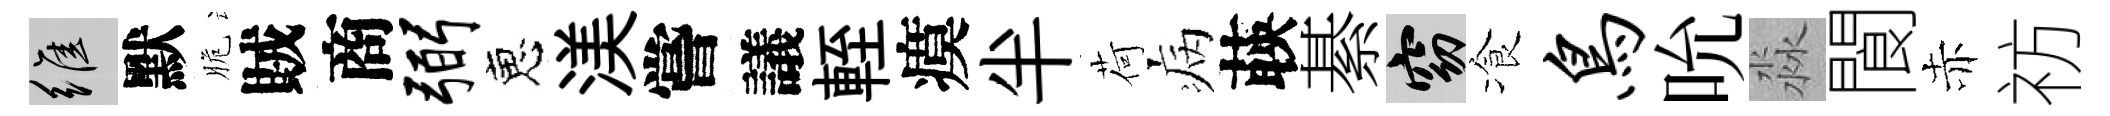
維默脆賊商弼恵渼嘗議輊瘼半荷病𦴤綦窈飡鸟吮淼閬赤祊